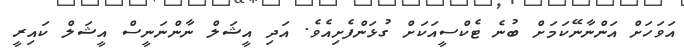
އަވަހަށް އަންނާނޭކަމަށް ބުނެ ޓެކްސީއަކަށް ގުޅަންފެށިއެވެ. އަދި އީޝަލް ނާންނަނީސް އީޝަލް ކައިރީ